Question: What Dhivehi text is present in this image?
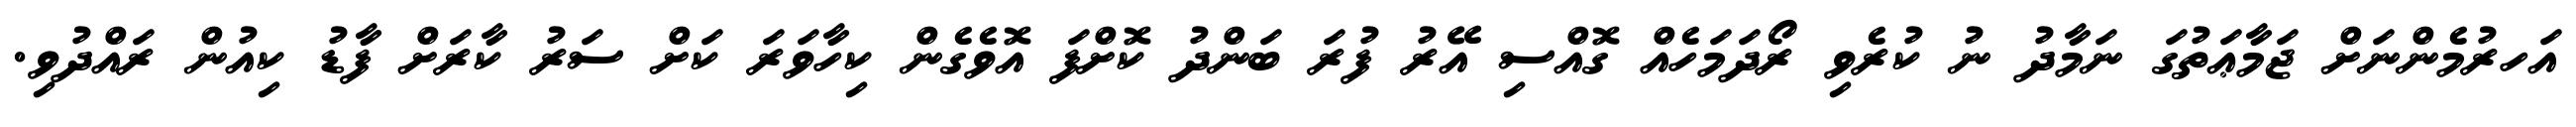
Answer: އަހރުމެންނަށް ޖަމާޢަތުގަ ނަމާދު ނު ކުރެވި ރޯދަމަހެއް ގޮއްސި އޭރު ފުރަ ބަންދު ކޮށްފަ އޮވެގެން ކިހާވަރަ ކަށް ސަރު ކާރަށް ފާޑު ކިއުން ރައްދުވި.